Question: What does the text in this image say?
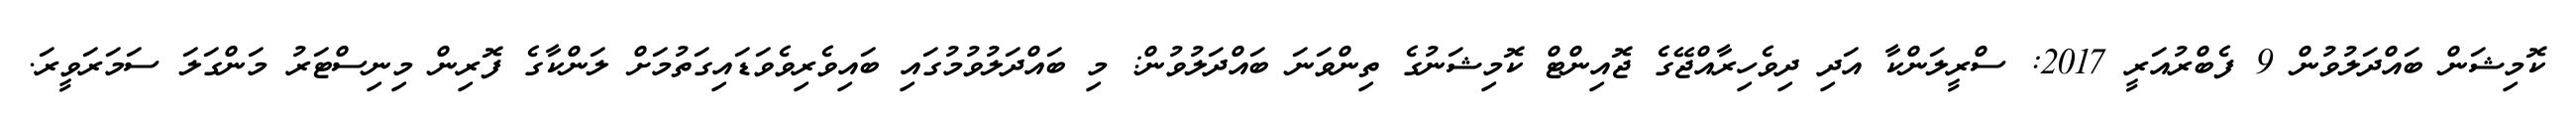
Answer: ކޮމިޝަން ބައްދަލުވުން 9 ފެބްރުއަރީ 2017: ސްރީލަންކާ އަދި ދިވެހިރާއްޖޭގެ ޖޮއިންޓް ކޮމިޝަނުގެ ތިންވަނަ ބައްދަލުވުން: މި ބައްދަލުވުމުގައި ބައިވެރިވެވަޑައިގަތުމަށް ލަންކާގެ ފޮރިން މިނިސްޓަރު މަންގަލަ ސަމަރަވީރަ.